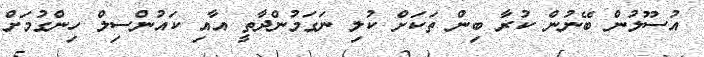
އުސޫލުން ބޭނުން ކުރާ ބިން ތަކަށް ކުލި ނަގަމުންދާތީ އާއި ކައުންސިލް ހިންގުމަށް